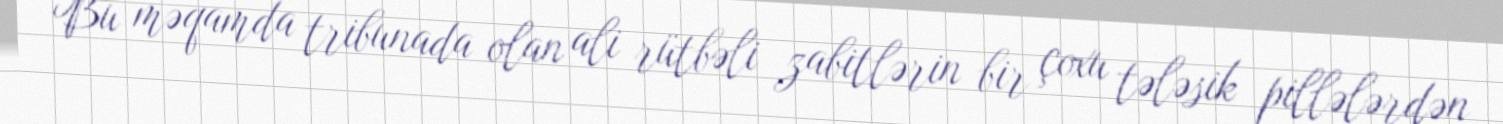
Bu məqamda tribunada olan ali rütbəli zabitlərin bir çoxu tələsik pillələrdən